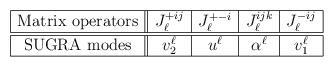
LaTeX: \begin{align*}\begin{array}{|c||c|c|c|c|}\hline\mbox{Matrix operators} &J_{\ell}^{+ij}&J_{\ell}^{+-i}& J_{\ell}^{ijk} & J_{\ell}^{-ij} \\\hline\hline\mbox{SUGRA modes} &v^{\ell}_2 & u^{\ell} & \alpha^{\ell} & v_1^{\ell} \\\hline\end{array}\end{align*}